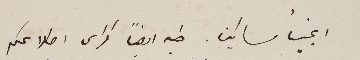
انجبا مساكين. طيه أيضاً كراس اطلاعكم